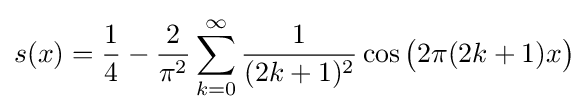
s(x)={\frac {1}{4}}-{\frac {2}{\pi ^{2}}}\sum _{k=0}^{\infty }{\frac {1}{(2k+1)^{2}}}\cos {\big (}2\pi (2k+1)x{\big )}